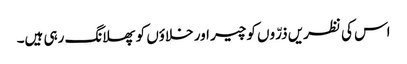
اس کی نظریں ذرّوں کو چیر اور خلاؤں کو پھلانگ رہی ہیں۔